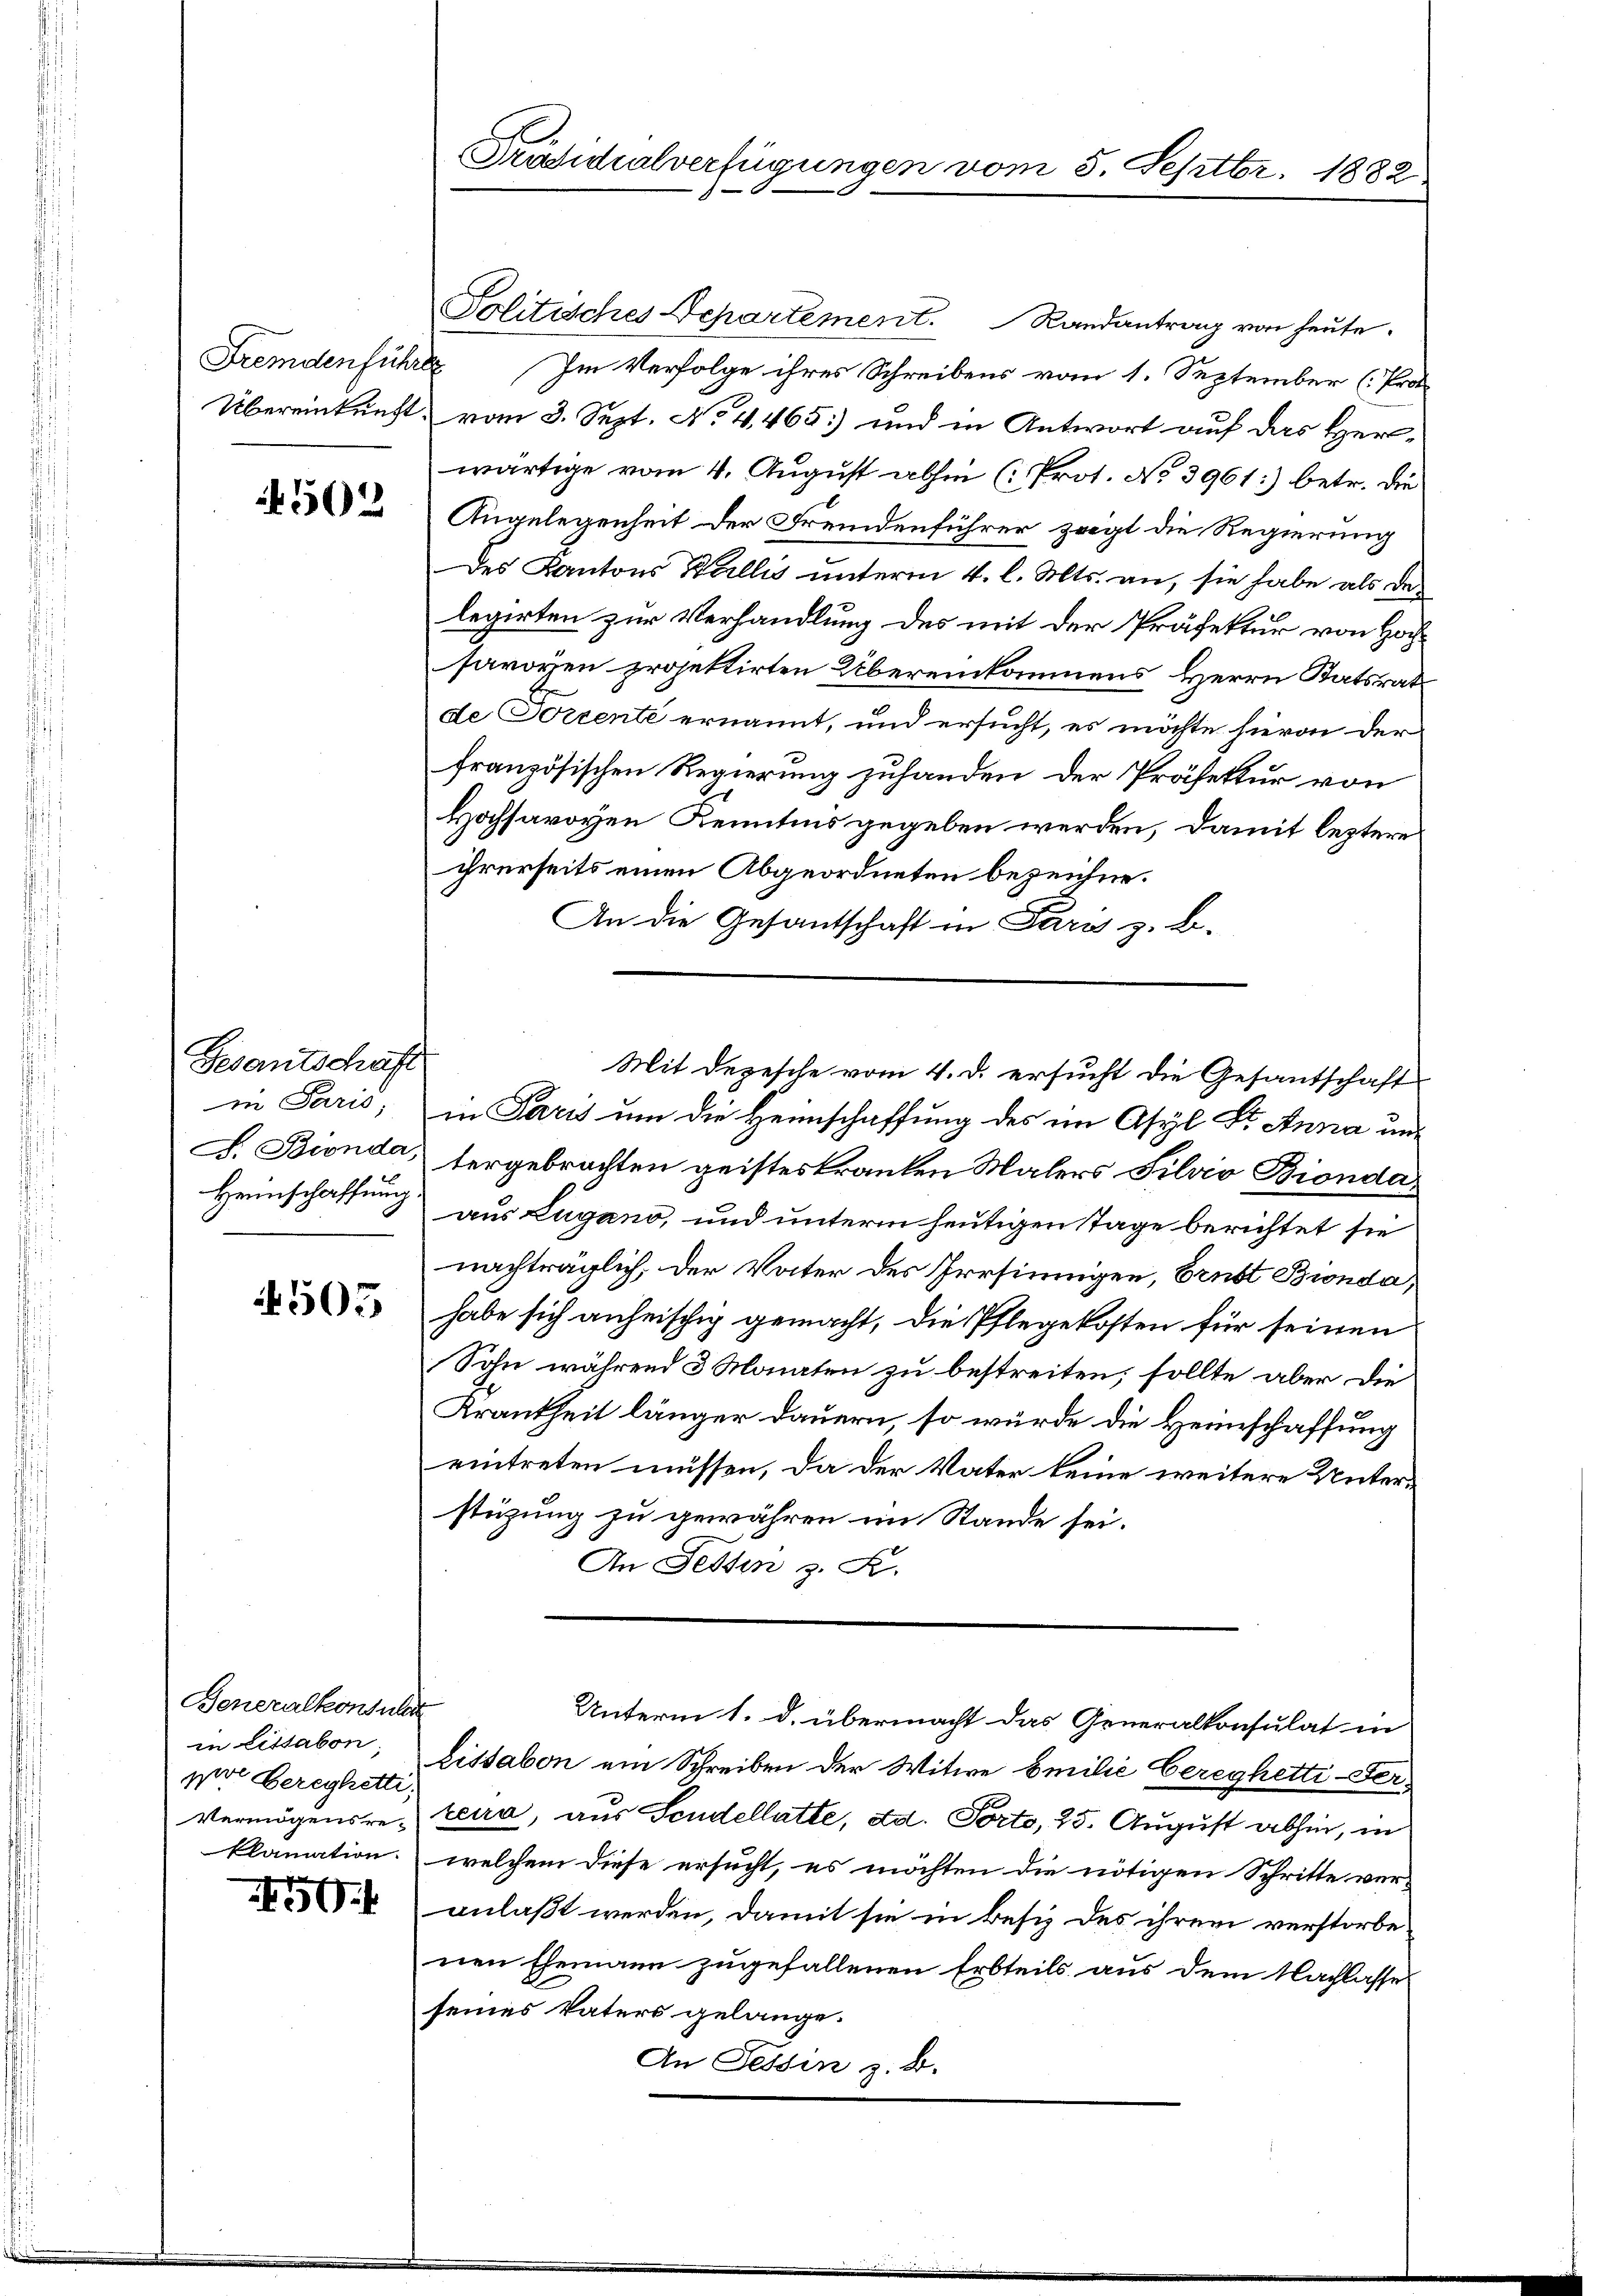
Fremdenführte

4502

Gesantschaft
in Paris

4505

Feneralkonsulat
in Lissabon.
por bereyhetti,
Vermögensreklamation.

450.

Politisches Departement. Randantrag von heute.
Im Verfolge ihres Schreibens vom 1. September (Pro¬
Übereinkunft, vom 3. Sept. No 4,465) und in Antwort auf das Herwärtige vom 4. August abhin (Prot. No 3961:) betr. die
Angelegenheit der Fremdenführer zeigt die Regierung
Des Kantons Wallis unterm 4. l. Mts. an, sie habe als der
legirten zur Verhandlung des mit der Präfektur von Hochsavoyen projektirten Übereinkommens Herrn Statsrat
de Corrente ernannt, und ersucht, es möchte hievon der
französischen Regierung zuhanden der Präfektur von
Hochsavoyen Kenntnis gegeben werden, damit leztere
ihrerseits einen Abgeordneten bezeichne.
An die Gesantschaft in Pars z. B.
Mit Depesche vom 4. d. ersucht die Gesantschaft
in Paris um die Heimschaffung des im Asyl Dr. Anna un¬
F. Bionda tergebrachten geisteskranken Malers Silvio Bionda
Heimschaffung aus Lugano, und unterm heutigen Tage berichtet sie
nachträglich, der Vater des Irrsinnigen, Ernst Bionda,
habe sich anheischig gemacht, die Pflegekosten für seinen
Sohn während 3 Monaten zu bestreiten; sollte aber die
Krankheit länger dauern, so würde die Heimschaffung
eintreten müssen, da der Vater keine weitere Unterstüzung zu gewähren im Stande sei.
An Festen z. B.

Präsidialverfügungen vom 5. Septbr. 1882

Lissabon ein Schreiben der Witwe Emilie Cereghetti-Serzeira, aus Sendellatte, ad. Porto, 25. August abhin, in
welchem diese ersucht, es möchten die nötigen Schritte ver-
anlaßt werden, damit sie in Besiz des ihrem verstorbe
nen Ehemann zugefallenen Erbteils aus dem Nachlasse
seines Vaters gelange.
An Tessin z. B.

Unterm 1. d. übermacht das Generalkonsulat in